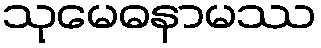
သုမေဓနာမဿ